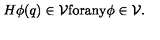
H \phi ( q ) \in { \cal V } \mathrm { f o r a n y } \phi \in { \cal V } .